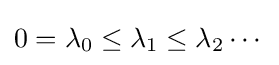
0=\lambda _{0}\leq \lambda _{1}\leq \lambda _{2}\cdots